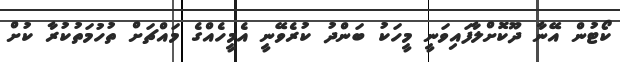
ކޯޓުން އޭނާ ދޫކޮށްލާފައިވަނީ މީހަކު ބަންދު ކުރެވޭނީ އެމީހެއްގެ މައްޗަށް ތުހުމަތުކުރާ ކުށް